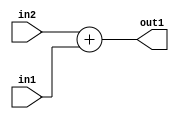
`timescale 1ps / 1ps
/*****************************************************************************
    Verilog RTL Description
    
    
    Created by: Stratus DpOpt 2019.1.01 
*******************************************************************************/

module DC_Filter_Add_12Ux6U_12U_4 (
	in2,
	in1,
	out1
	); /* architecture "behavioural" */ 
input [11:0] in2;
input [5:0] in1;
output [11:0] out1;
wire [11:0] asc001;

assign asc001 = 
	+(in2)
	+(in1);

assign out1 = asc001;
endmodule

/* CADENCE  urn0SQA= : u9/ySgnWtBlWxVPRXgAZ4Og= ** DO NOT EDIT THIS LINE ******/